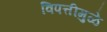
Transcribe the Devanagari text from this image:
विपत्तीमुळे